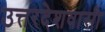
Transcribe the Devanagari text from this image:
उत्तरदेशवासी